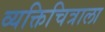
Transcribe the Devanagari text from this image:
व्यक्तिचित्राला